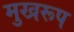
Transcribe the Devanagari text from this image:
मुखरूप